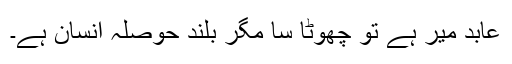
عابد میر ہے تو چھوٹا سا مگر بلند حوصلہ انسان ہے۔